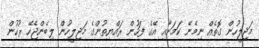
މަޖިލީހުން ގޮތެއް ނިމެނޭ ކަމަށާއި އޭގެ ފަހުން ރައްޔިތުންގެ މަޖިލީހުން ލިބެންޖެހޭ ރުހުން